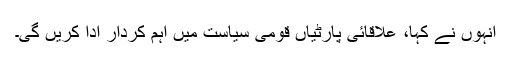
انہوں نے کہا، علاقائی پارٹیاں قومی سیاست میں اہم کردار ادا کریں گی۔